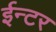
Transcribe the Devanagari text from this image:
ईन्टर